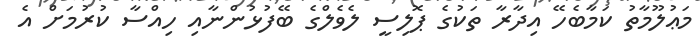
މަޢުލޫމާތު ކަމާބެހޭ އިދާރާ ތަކުގެ ޕޮލިސީ ލެވެލްގެ ބޭފުޅުންނާއި ހިއްސާ ކުރުމަށް އެ